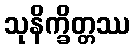
သုနိက္ခိတ္တဿ